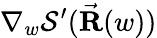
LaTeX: \nabla_{w}\mathcal{S}^{\prime}(\vec{\mathbf R}(w))